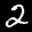
Label: 2